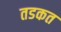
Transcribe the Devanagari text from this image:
तडकत